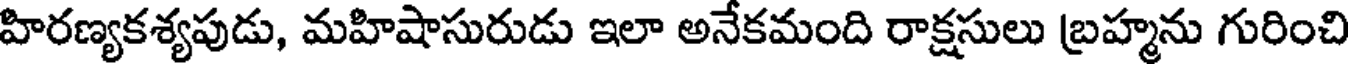
హిరణ్యకశ్యపుడు, మహిషాసురుడు ఇలా అనేకమంది రాక్షసులు బ్రహ్మను గురించి